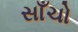
સાઁચો